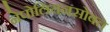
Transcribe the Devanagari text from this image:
नेपोलियनसोबत